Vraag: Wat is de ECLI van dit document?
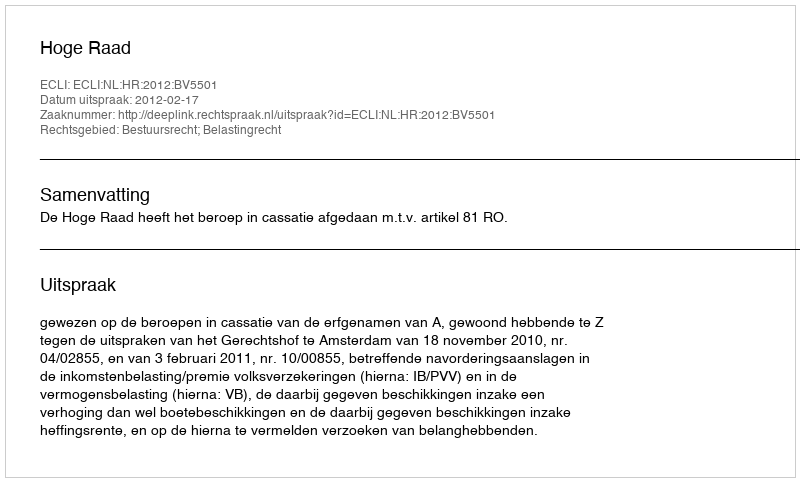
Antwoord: ECLI:NL:HR:2012:BV5501